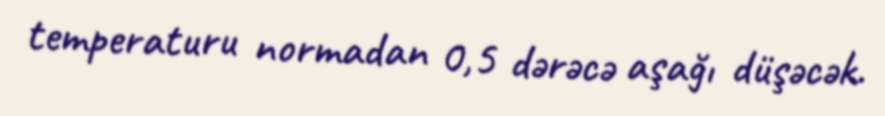
temperaturu normadan 0,5 dərəcə aşağı düşəcək.